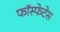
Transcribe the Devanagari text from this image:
फॉस्फेटेस